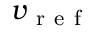
v _ { \mathrm { ~ r ~ e ~ f ~ } }